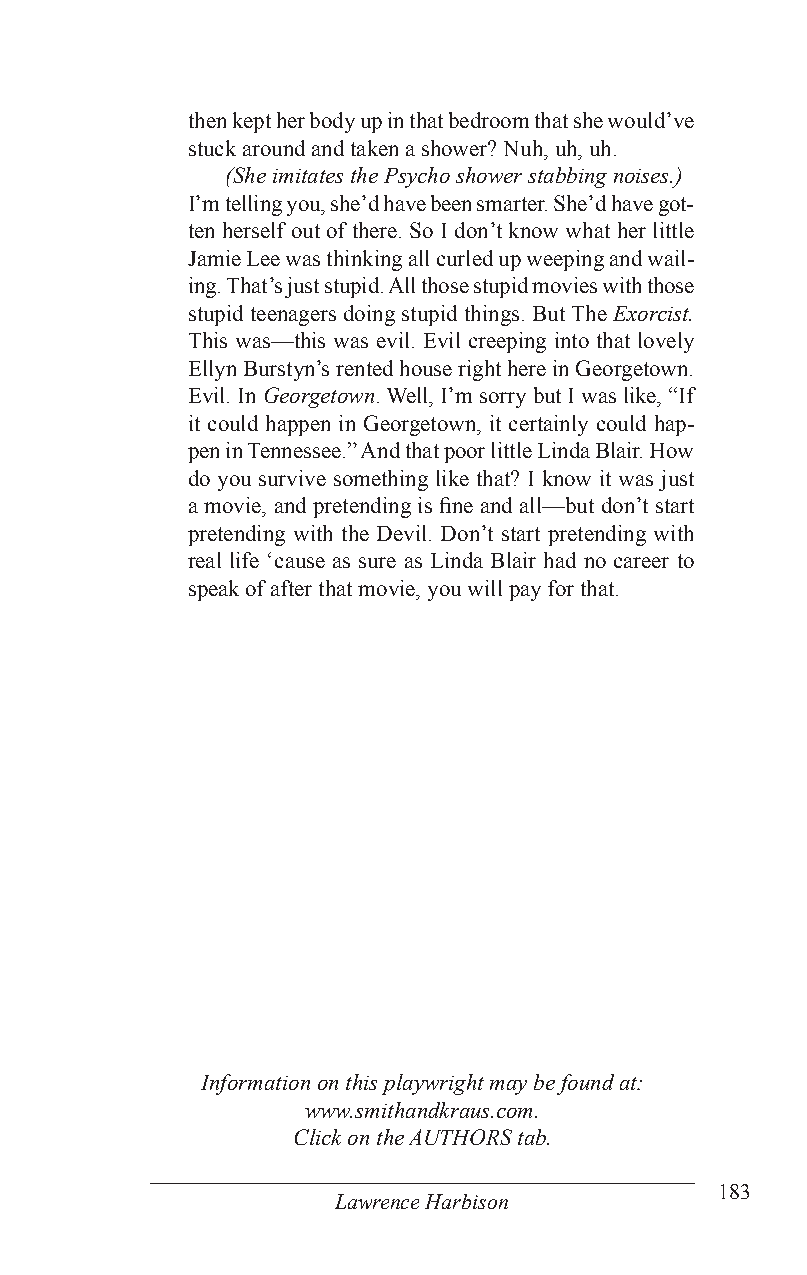
then kept her body up in that bedroom that she would’ve
 stuck around and taken a shower? Nuh, uh, uh.
 (She imitates the Psycho shower stabbing noises.)
 I’m telling you, she’d have been smarter. She’d have got-
 ten herself out of there. So I don’t know what her little
 Jamie Lee was thinking all curled up weeping and wail-
 ing. That’s just stupid. All those stupid movies with those
 stupid teenagers doing stupid things. But The Exorcist.
 This was—this was evil. Evil creeping into that lovely
 Ellyn Burstyn’s rented house right here in Georgetown.
 Evil. In Georgetown. Well, I’m sorry but I was like, “If
 it could happen in Georgetown, it certainly could hap-
 pen in Tennessee.” And that poor little Linda Blair. How
 do you survive something like that? I know it was just
 a movie, and pretending is fine and all—but don’t start
 pretending with the Devil. Don’t start pretending with
 real life ‘cause as sure as Linda Blair had no career to
 speak of after that movie, you will pay for that.
 Information on this playwright may be found at:
 www.smithandkraus.com.
 Click on the AUTHORS tab.
 183
 Lawrence Harbison